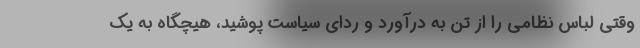
وقتی لباس نظامی را از تن به درآورد و ردای سیاست پوشید، هیچگاه به یک